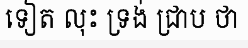
ទៀត លុះ ទ្រង់ ជ្រាប ថា